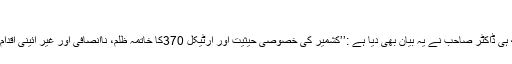
‘‘
ساتھ ہی ڈاکٹر صاحب نے یہ بیان بھی دیا ہے :’’کشمیر کی خصوصی حیثیت اور آرٹیکل 370کا خاتمہ ظلم، ناانصافی اور غیر آئینی اقدام ہے۔